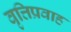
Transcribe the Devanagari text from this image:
वृत्तिप्रवाह